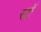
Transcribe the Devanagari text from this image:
स्ट्राॅ